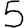
Digit: 5